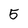
Character: 5